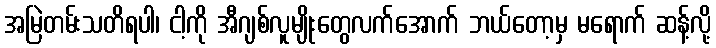
အမြဲတမ်းသတိရပါ၊ ငါ့ကို အီဂျစ်လူမျိုးတွေလက်အောက် ဘယ်တော့မှ မရောက် ဆန့်လို့